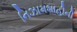
નિઝામશાહીની